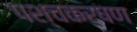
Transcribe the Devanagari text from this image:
पश्चकर्षण